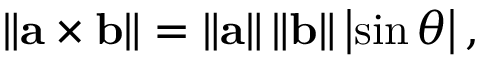
\left\| \mathbf { a } \times \mathbf { b } \right\| = \left\| \mathbf { a } \right\| \left\| \mathbf { b } \right\| \left| \sin \theta \right| ,